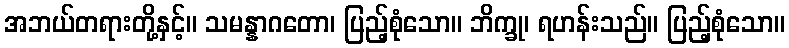
အဘယ်တရားတို့နှင့်။ သမန္နာဂတော၊ ပြည့်စုံသော။ ဘိက္ခု၊ ရဟန်းသည်။ ပြည့်စုံသော။